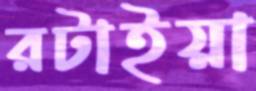
রটাইয়া